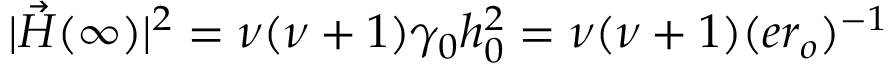
| \vec { H } ( \infty ) | ^ { 2 } = \nu ( \nu + 1 ) \gamma _ { 0 } h _ { 0 } ^ { 2 } = \nu ( \nu + 1 ) ( e r _ { o } ) ^ { - 1 }